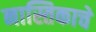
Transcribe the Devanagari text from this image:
नास्तिकाचे